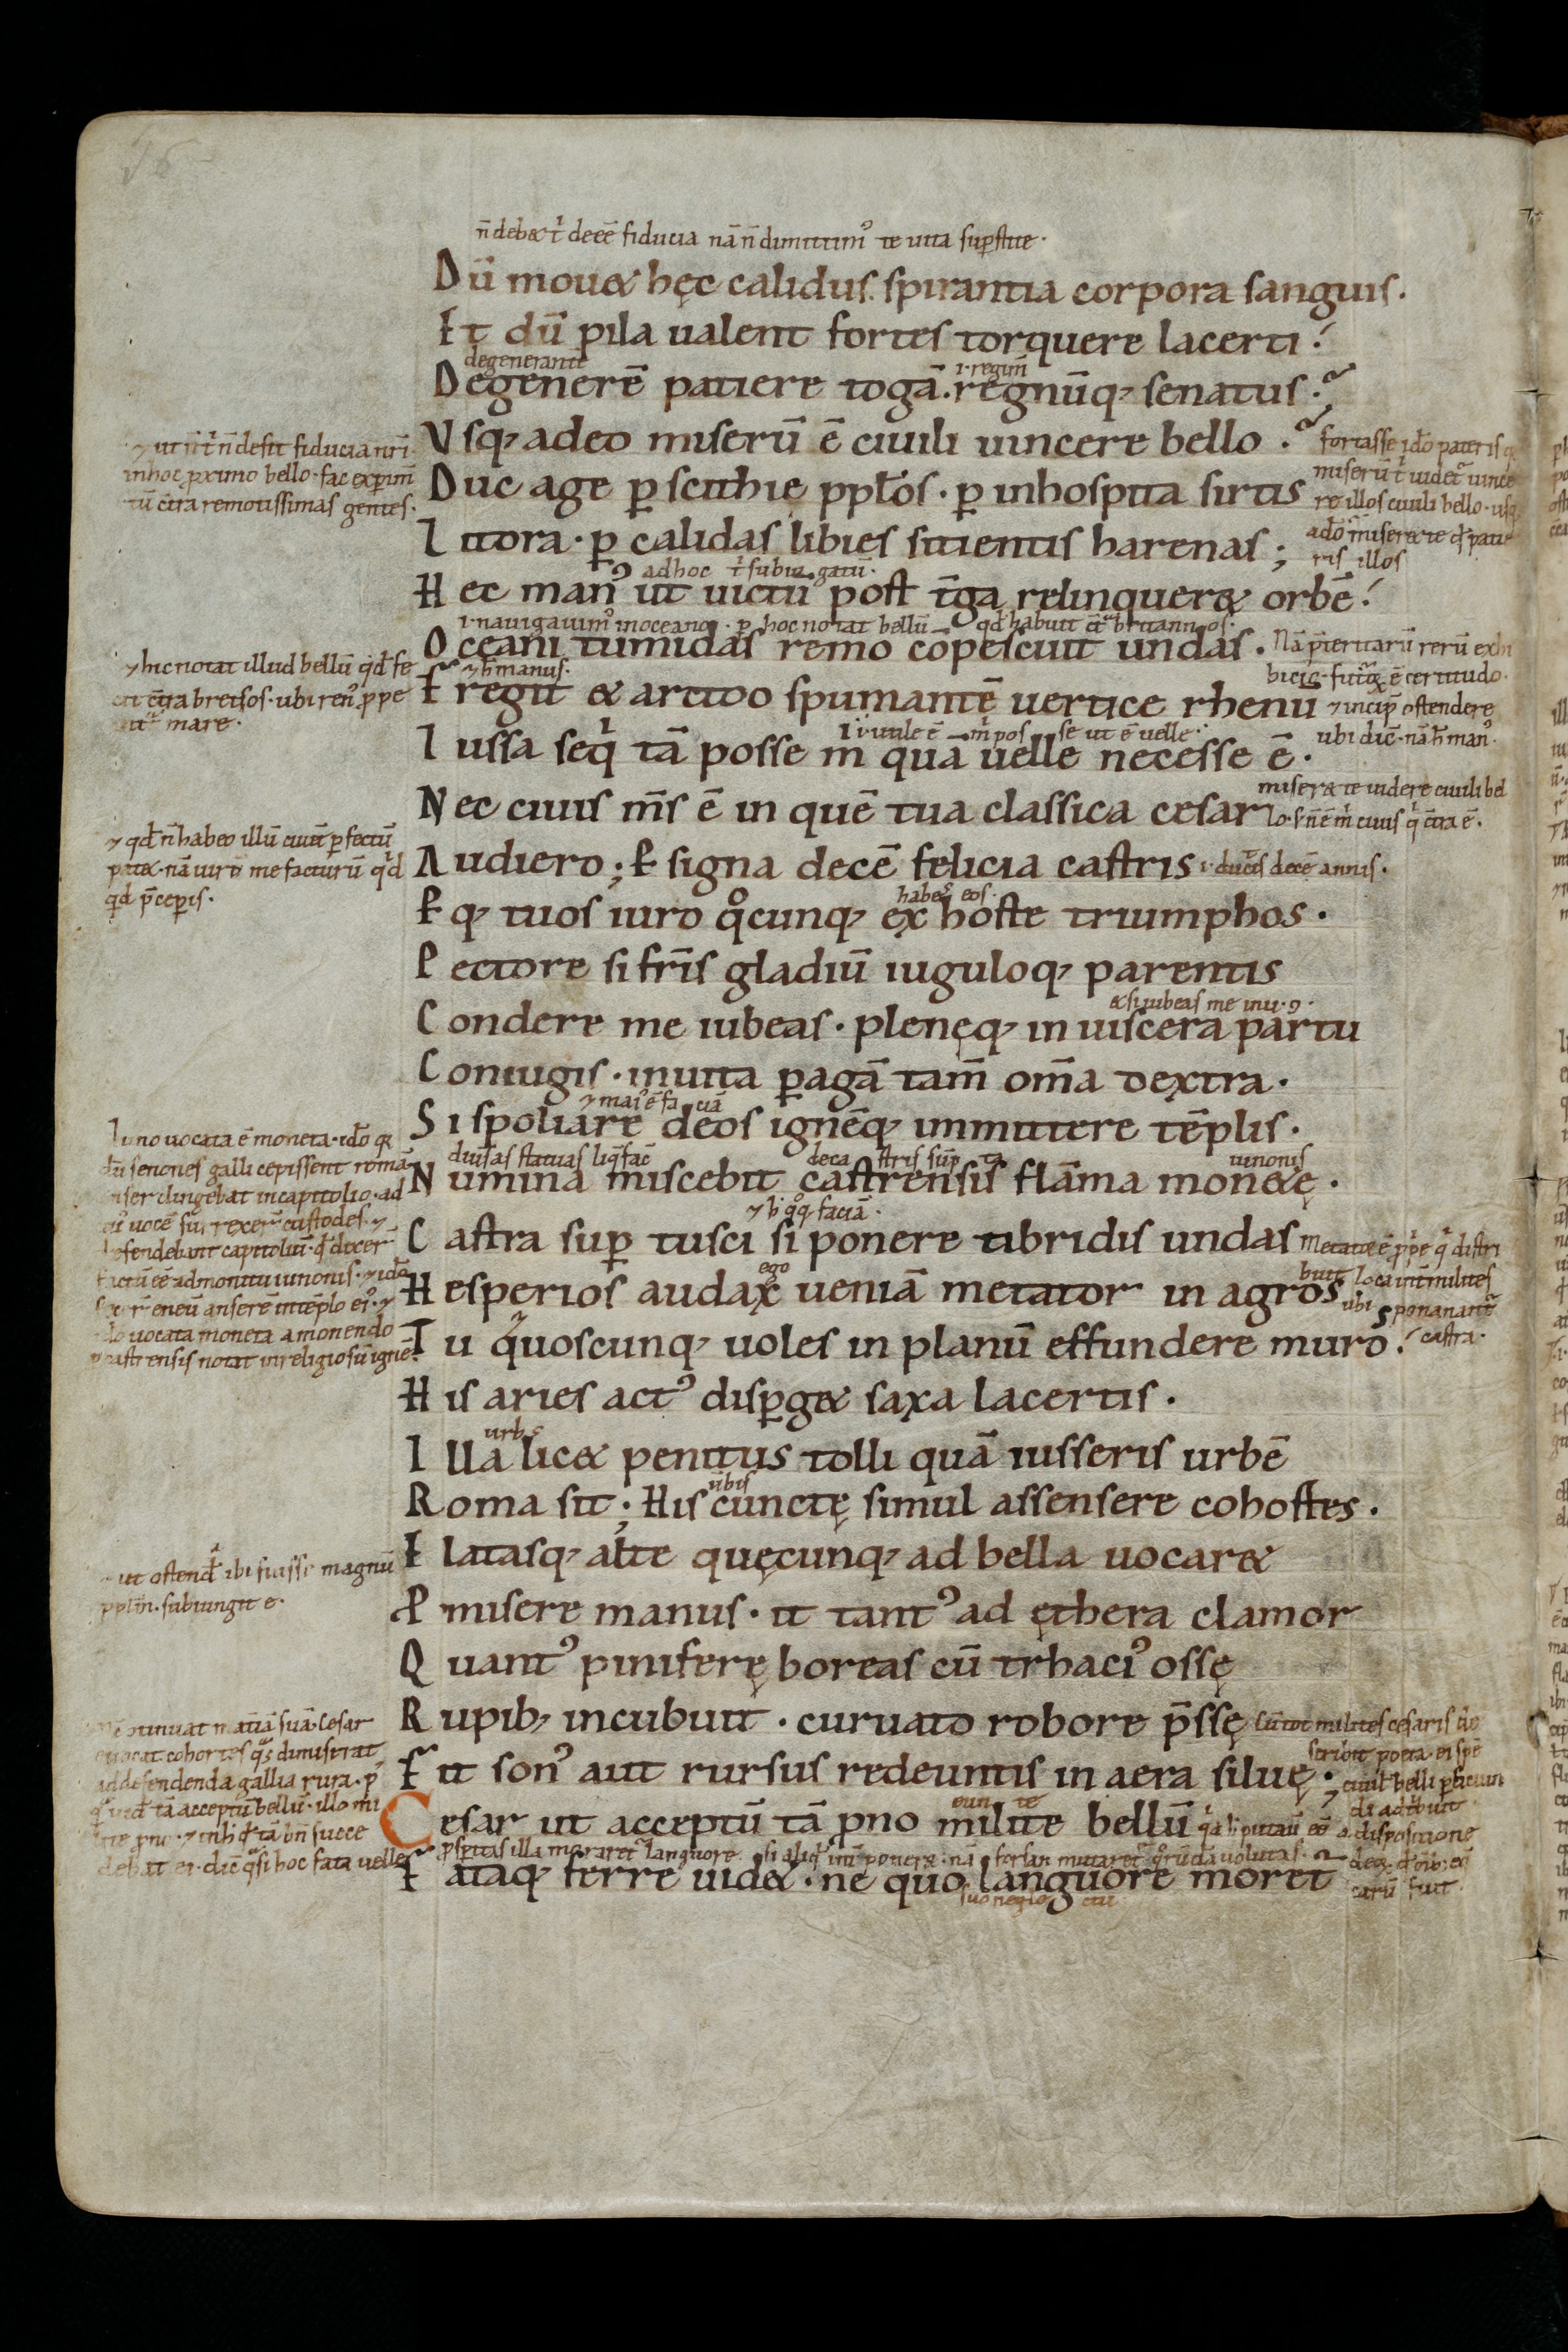
Shelfmark: St. Gallen, Stiftsbibliothek, Cod. Sang. 863
Century: 11